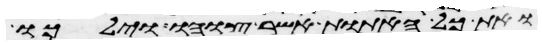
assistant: ואת כל האתות אשר צוהו וילכו